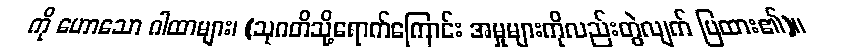
ကို ဟောသော ဂါထာများ၊ (သုဂတိသို့ရောက်ကြောင်း အမှုများကိုလည်းတွဲလျက် ပြထား၏)။